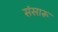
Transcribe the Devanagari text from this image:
संसारू